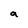
Character: a